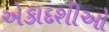
એકાદશીઓ